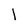
Character: 1